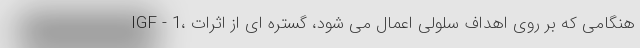
IGF - 1، هنگامی که بر روی اهداف سلولی اعمال می شود، گستره ای از اثرات